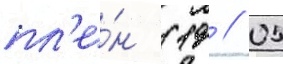
пл'е́н (19 // 05